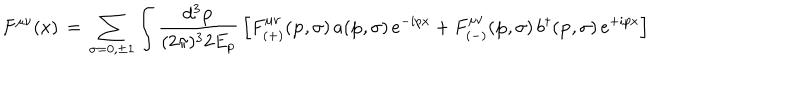
LaTeX: F ^ { \mu \nu } ( x ) \, = \, \sum _ { \sigma = 0 , \pm 1 } \int \frac { d ^ { 3 } { \bf p } } { ( 2 \pi ) ^ { 3 } 2 E _ { p } } \, \left[ F _ { ( + ) } ^ { \mu \nu } ( { \bf p } , \sigma ) \, a ( { \bf p } , \sigma ) \, e ^ { - i p x } + F _ { ( - ) } ^ { \mu \nu } ( { \bf p } , \sigma ) \, b ^ { \dagger } ( { \bf p } , \sigma ) \, e ^ { + i p x } \right]